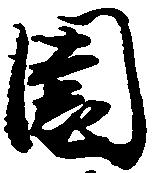
園